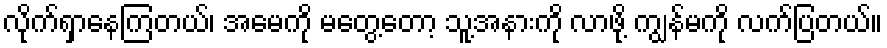
လိုက်ရှာနေကြတယ်၊ အမေကို မတွေ့တော့ သူ့အနားကို လာဖို့ ကျွန်မကို လက်ပြတယ်။